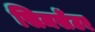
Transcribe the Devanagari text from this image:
सिमसेंटर